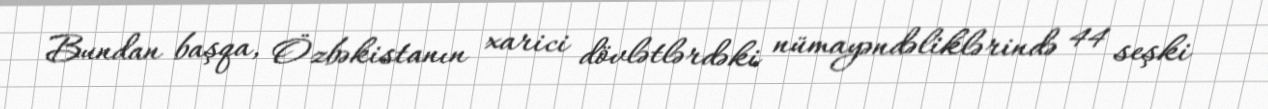
Bundan başqa, Özbəkistanın xarici dövlətlərdəki nümayəndəliklərində 44 seşki